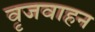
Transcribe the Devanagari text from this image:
वृजवाहन